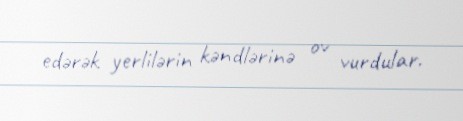
edərək yerlilərin kəndlərinə ov vurdular.